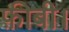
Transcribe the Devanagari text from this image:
फ़ीबी।